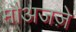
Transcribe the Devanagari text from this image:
मौअजज़े